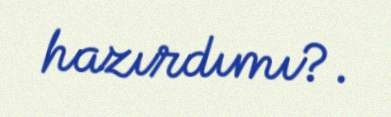
hazırdımı?.